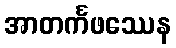
အာတင်္ကဖဿေန